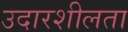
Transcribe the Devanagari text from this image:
उदारशीलता